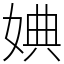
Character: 婰